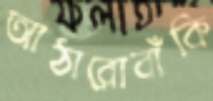
আঠারোবাঁকি